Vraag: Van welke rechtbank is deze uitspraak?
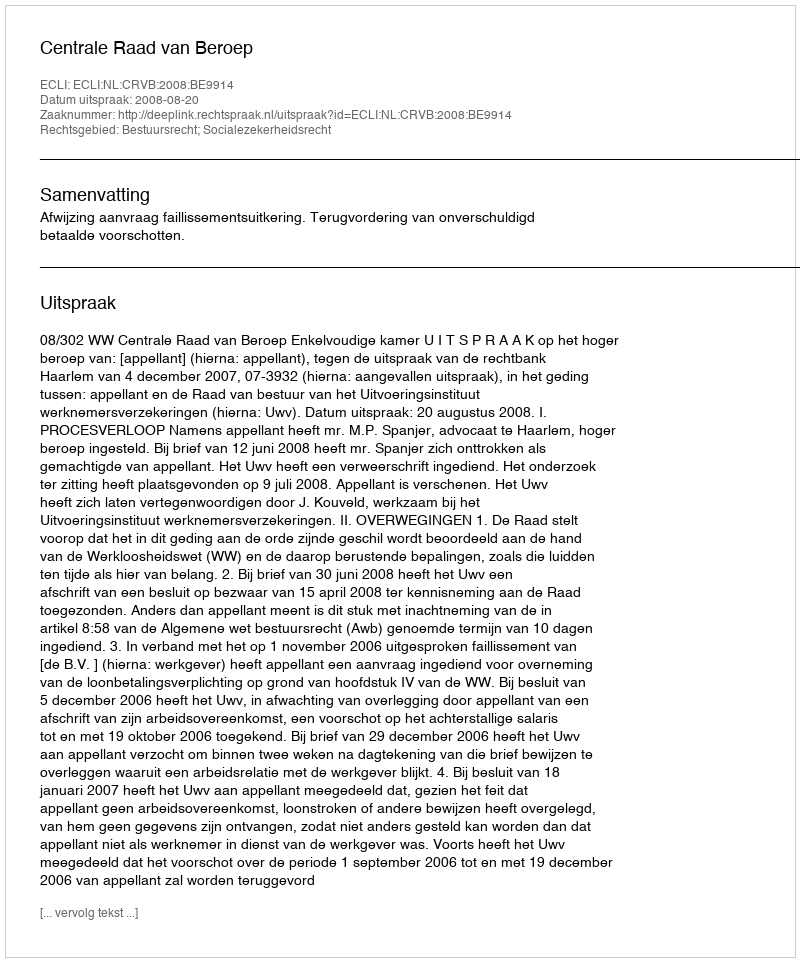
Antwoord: Centrale Raad van Beroep